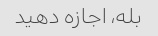
بله، اجازه دهید